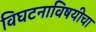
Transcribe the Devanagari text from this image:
विघटनाविषयीचा